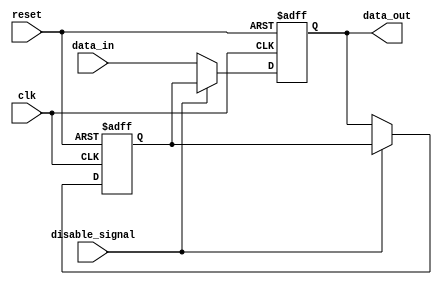
module Disable_Block (
    input wire clk,                  // Clock signal
    input wire reset,                // Asynchronous reset signal
    input wire disable_signal,       // Control signal to disable functionality
    input wire [N-1:0] data_in,      // Input data (N bits wide)
    output reg [N-1:0] data_out      // Output data (N bits wide)
);

parameter N = 8; // Adjust the width of the data as needed

// Internal storage to hold the last output state when disabled
reg [N-1:0] last_output;

// Always block for sequential logic
always @(posedge clk or posedge reset) begin
    if (reset) begin
        data_out <= 0;            // Reset output to zero
        last_output <= 0;         // Reset last_output to zero
    end else if (disable_signal) begin
        // Hold the last output state when disabled
        data_out <= last_output;
    end else begin
        // Execute normal logic when not disabled
        data_out <= data_in;      // Example: pass input to output
        last_output <= data_out;  // Update last_output with current output
    end
end

endmodule